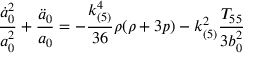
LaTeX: \frac { \dot { a } _ { 0 } ^ { 2 } } { a _ { 0 } ^ { 2 } } + \frac { \ddot { a } _ { 0 } } { a _ { 0 } } = - \frac { k _ { ( 5 ) } ^ { 4 } } { 3 6 } \rho ( \rho + 3 p ) - k _ { ( 5 ) } ^ { 2 } \frac { T _ { 5 5 } } { 3 b _ { 0 } ^ { 2 } }